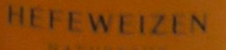
HEFEWEIZEN